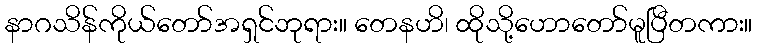
နာဂသိန်ကိုယ်တော်အရှင်ဘုရား။ တေနဟိ၊ ထိုသို့ဟောတော်မူပြီတကား။